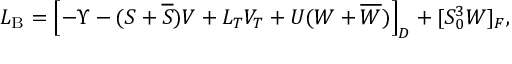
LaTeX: { \cal L } _ { \mathrm { B } } = \left[ - \Upsilon - ( S + \overline { { S } } ) V + L _ { T } V _ { T } + U ( W + \overline { { W } } ) \right] _ { D } + [ S _ { 0 } ^ { 3 } W ] _ { F } ,